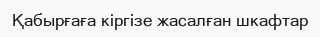
Қабырғаға кіргізе жасалған шкафтар